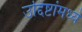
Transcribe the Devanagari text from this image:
उद्दिष्टांमध्ये